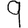
Digit: 9